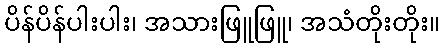
ပိန်ပိန်ပါးပါး၊ အသားဖြူဖြူ၊ အသံတိုးတိုး။